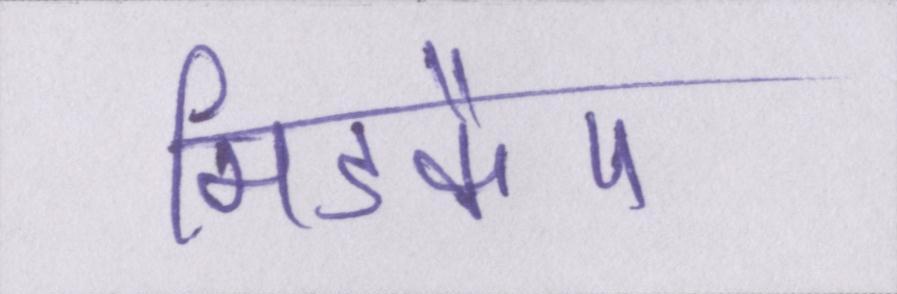
मिडकैप